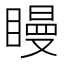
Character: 𥊑